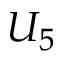
U _ { 5 }